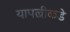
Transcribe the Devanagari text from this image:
यापल्रीकडे